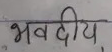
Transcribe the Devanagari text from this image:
भवदीय